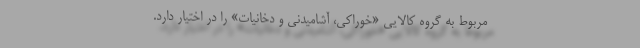
مربوط به گروه كالايي «خوراكي، ‌آشاميدني و دخانيات» را در اختيار دارد.